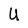
Character: U